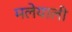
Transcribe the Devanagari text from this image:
मलेयाली